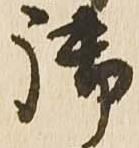
御